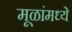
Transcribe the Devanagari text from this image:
मूळांमध्ये